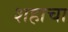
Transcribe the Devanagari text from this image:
शहाचा